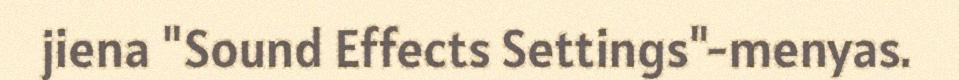
jiena "Sound Effects Settings"-menyas.